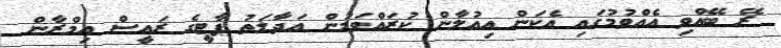
ރޭ ބޭއްވި އެއްވުމުގައި އެކަން އިއުލާން ކުރައްވަމުން އަދާލަތު ޕާޓީގެ ރައީސް އިމްރާން